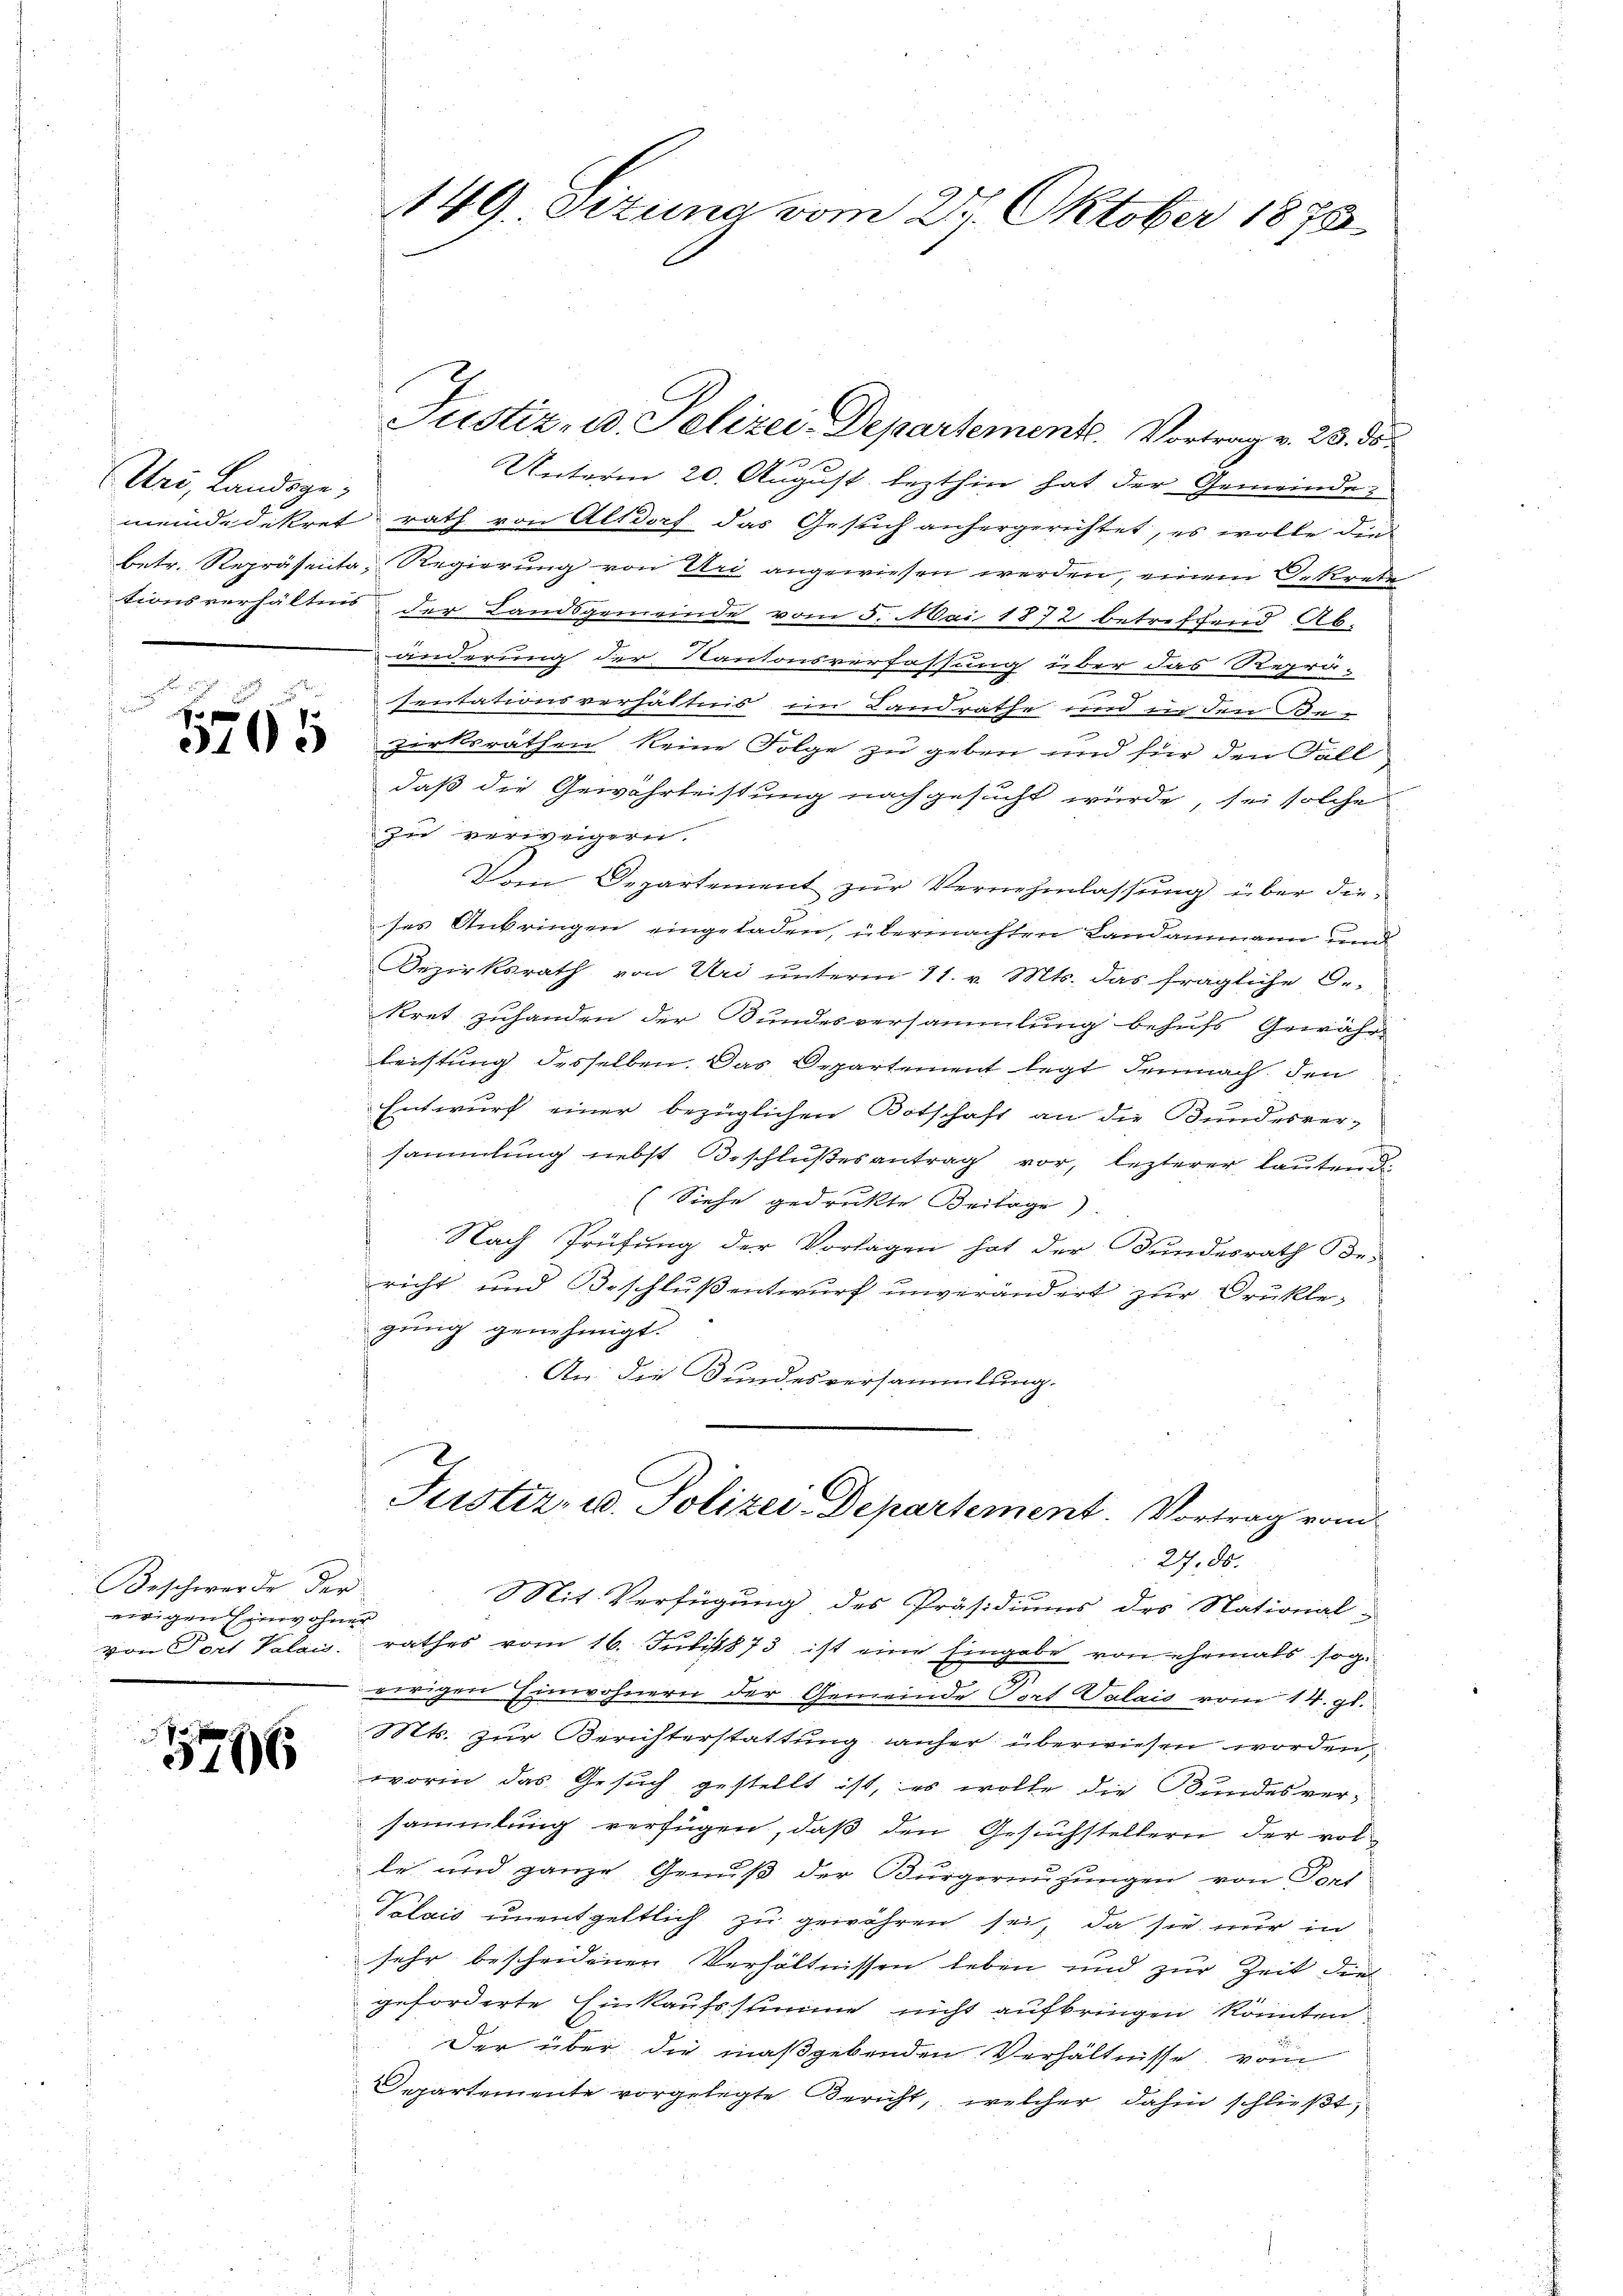
Uri, Landsge¬

1765

Beschwerde der
eirigen Einwohner

1796

149. Situng vom 27. Oktober 1873

f
Unterm 20. August lezthin hat der Gemeinde
meinde dekret rath von Altdorf das Gesuch anhergerichtet, es wolle den
betr. Repräsenta, Regierung von Uri angewiesen werden, einem Dekrete
tionsverhältnis der Landsgemeinde vom 5. Mai 1872 betreffend Ab-
änderung der Kantonsverfassung über das Reprä-
sentationsverhältnis im Landrathe und in den Be-
zirksräthen keine Folge zu geben und für den Fall
daß die Gewährleistung nachgesucht würde, sei solche
zu verweigern.
Vom Departement zur Vernehmlassung über dieses Anbringen eingeladen, übermachten Landammann und
Bezirksrath von Uri unterm 11. v. Mts. das fragliche Ge-
kret zuhanden der Bundesversammlung behufs Gewährleistung desselben. Das Departement legt demnach den
Entwurf einer bezüglichen Botschaft an die Bundesver-
sammlung nebst Beschlußes antrag vor, lezterer lauten die
(Siehe gedrukte Beilage).
Nach Prüfung der Vorlagen hat der Bundesrath Be-
richt und Beschluß entwurf unverändert zur Druklegung genehmigt.
An: die Bundesversammlung.

Justiz- u. Polizei-Departemente. Vortrag v. 23. ds.

Justiz- u. Polizei-Departement. Vortrag vom
27. 85.

Mit Verfügung des Präsidiums des National-
von Port Valais, rathes vom 16. Juli 1873 ist eine Eingabe von ehemals sog.
eirigen Einwohnern der Gemeinde Port Valais vom 14. gl.
Mts. zur Berichterstattung anher überwiesen worden,
worin das Gesuch gestellt ist, es wolle die Bundesversammlung verfügen, daß den Gesuchstellern der volle und ganze Genuß der Bürgernuzungen von Port
Valais unentgeltlich zu gewähren sei, da sie nur in
sehr bescheidenen Verhältnissen leben und zur Zeit die
geforderte Einkaufsstimme nicht aufbringen könnten
Der über die maßgebenden Verhältnisse, vom
Departemente vorgelegte Bericht, welcher dahin schließt,